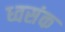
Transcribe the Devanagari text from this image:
ध्वसंक